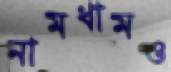
নামধামও